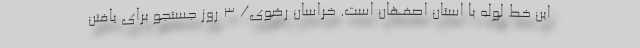
این خط لوله با استان اصفهان است. خراسان رضوی/ 3 روز جستجو برای یافتن